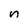
Character: n